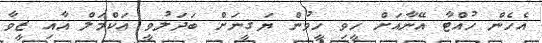
އެހެން ހުއްޓާ އޭނާއަށް ހީވި ހީވުން ޔަޤީނަށް ބަދަލުވީ އަކްމަލް އާއި ޒީވާ